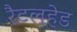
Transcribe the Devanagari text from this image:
रैटलहेड